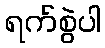
ရက်စွဲပါ